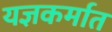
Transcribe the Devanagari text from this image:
यज्ञकर्मात